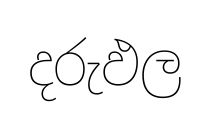
දරුඵල